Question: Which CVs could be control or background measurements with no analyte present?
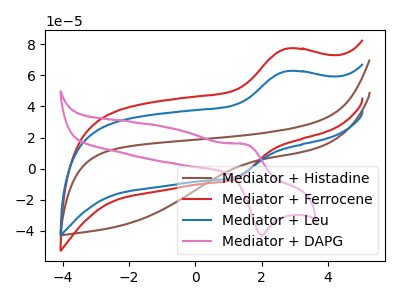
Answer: <think>The brown curve "Mediator + Histadine" has no peaks. The red curve "Mediator + Ferrocene" has an anodic peak at (2.75V, 77.15uA) and a cathodic peak at (1.20V, -6.55uA). The blue curve "Mediator + Leu" has an anodic peak at (2.75V, 62.70uA) and a cathodic peak at (1.20V, -5.35uA). The pink curve "Mediator + DAPG" has an anodic peak at (1.50V, 15.65uA) and a cathodic peak at (2.00V, -42.85uA).</think>
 <answer>"Mediator + Histadine" is likely to be a blank.</answer>
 <eval>Mediator + Histadine</eval>